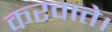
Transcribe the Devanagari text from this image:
करवाते।